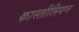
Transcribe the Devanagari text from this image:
कास्तीलियन